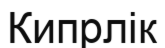
Кипрлік